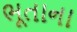
ભૂતાના